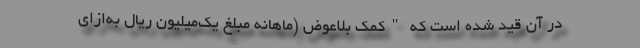
در آن قید شده است که "کمک بلاعوض (ماهانه مبلغ یک‌میلیون ریال به‌ازای